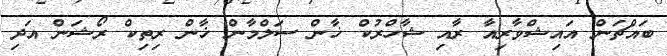
ބައްޗަން އައިޝްވާރިއާ ރާއި ޝާހްރުކް ޚާން ސަލްމާން ޚާން ރިތިކް ރޯޝަން އަދި